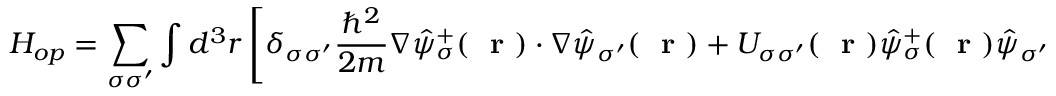
H _ { o p } = \sum _ { \sigma \sigma ^ { \prime } } \int d ^ { 3 } r \left[ \delta _ { \sigma \sigma ^ { \prime } } \frac { \hbar ^ { 2 } } { 2 m } \nabla \hat { \psi } _ { \sigma } ^ { + } ( \mathrm { ~ \bf ~ r ~ } ) \cdot \nabla \hat { \psi } _ { \sigma ^ { \prime } } ( \mathrm { ~ \bf ~ r ~ } ) + U _ { \sigma \sigma ^ { \prime } } ( \mathrm { ~ \bf ~ r ~ } ) \hat { \psi } _ { \sigma } ^ { + } ( \mathrm { ~ \bf ~ r ~ } ) \hat { \psi } _ { \sigma ^ { \prime } } ( \mathrm { ~ \bf ~ r ~ } ) \right]